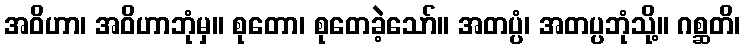
အဝိဟာ၊ အဝိဟာဘုံမှ။ စုတော၊ စုတေခဲ့သော်။ အတပ္ပံ၊ အတပ္ပဘုံသို့။ ဂစ္ဆတိ၊